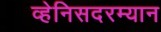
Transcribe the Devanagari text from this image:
व्हेनिसदरम्यान